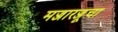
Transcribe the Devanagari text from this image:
मज्जारज्जूचा